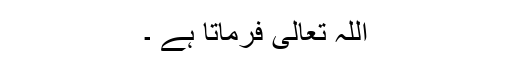
اللہ تعالیٰ فرماتا ہے ۔